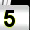
Digit: 5